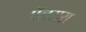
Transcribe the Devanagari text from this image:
पॅलसस